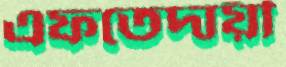
এফতেদায়ী